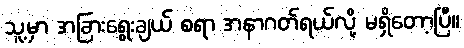
သူ့မှာ အခြားရွေးချယ် စရာ အနာဂတ်ရယ်လို့ မရှိတော့ပြီ။